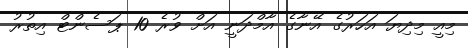
މިއީ މިދިޔަ އަހަރުގެ އޭނާގެ އާމްދަނީ އަށް ވުރެ 10 ޕަސެންޓް އިތުރު